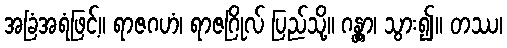
အခြံအရံဖြင့်။ ရာဇဂဟံ၊ ရာဇဂြိုလ် ပြည်သို့။ ဂန္တွာ၊ သွား၍။ တဿ၊